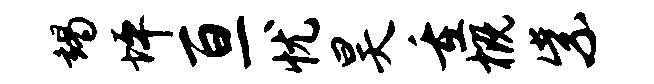
竭坪亘忧昊重概紫